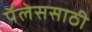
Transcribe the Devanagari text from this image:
पॅलेससाठी